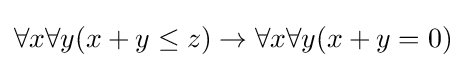
\forall x\forall y(x+y\leq z)\to \forall x\forall y(x+y=0)